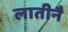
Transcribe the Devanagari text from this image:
लातीनै